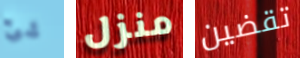
شئ منزل تقضين